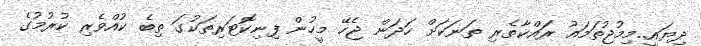
ދިޔައީ..މިމުޖުތަމައު ރައްކާތެރި ތަނަކަށް ހަދަން ޖެހޭ މީހުން ފިނިކޮޓަރިތަކުގަ ތިބެ ކުއްވެރި ކުރުމުގެ